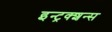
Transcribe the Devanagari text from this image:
इन्ट्रक्शन्स